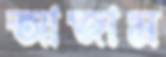
আজাম